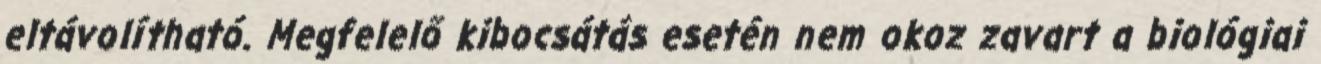
eltávolítható. Megfelelő kibocsátás esetén nem okoz zavart a biológiai